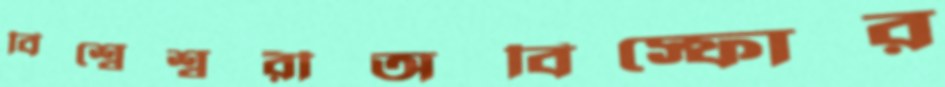
বিশ্বেশ্বরীঅবিস্ফোর